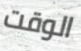
الوقت